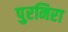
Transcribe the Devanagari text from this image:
पुरनिरा